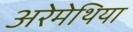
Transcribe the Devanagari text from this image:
अरेमेथिया